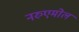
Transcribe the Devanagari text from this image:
नरुएमोल